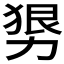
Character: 𰅒